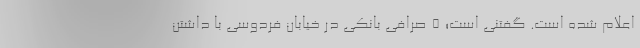
اعلام شده است. گفتنی است؛ ۵ صرافی بانکی در خیابان فردوسی با داشتن